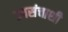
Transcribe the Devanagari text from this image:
उपसंचाशी